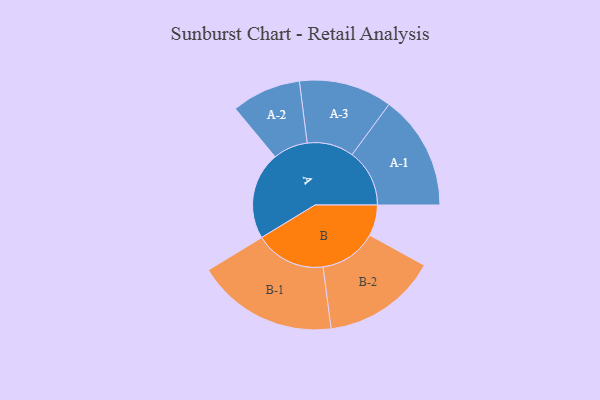
{"axis": {"x": "Segment", "y": "Value"}, "legend": ["", "A", "B"], "data": [{"x": "A", "y": 323, "type": ""}, {"x": "B", "y": 114, "type": ""}, {"x": "A-1", "y": 212, "type": "A"}, {"x": "A-2", "y": 128, "type": "A"}, {"x": "A-3", "y": 172, "type": "A"}, {"x": "B-1", "y": 261, "type": "B"}, {"x": "B-2", "y": 212, "type": "B"}]}